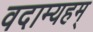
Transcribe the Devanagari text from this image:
वदाम्यहम्